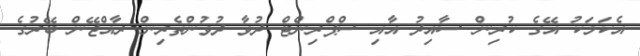
އެކަމަކު އޭގެ ކުރިން ސާއިދު އާއި ސްޕްރިންޓް ދުވާ ދުވުންތެރިން ރާއްޖޭން ބޭރުގެ